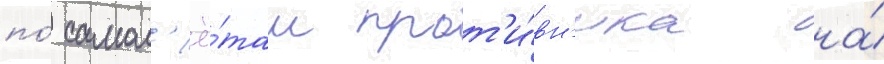
по́ самол'ё́там прот'и́вн'ика на́